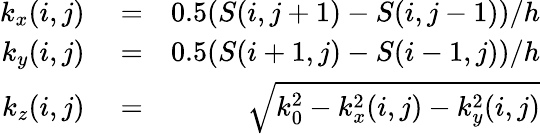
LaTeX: \begin{array}{rlr}{k_{x}(i,j)}&{{}=}&{0.5(S(i,j+1)-S(i,j-1))/h}\\ {k_{y}(i,j)}&{{}=}&{0.5(S(i+1,j)-S(i-1,j))/h}\\ {k_{z}(i,j)}&{{}=}&{\sqrt{k_{0}^{2}-k_{x}^{2}(i,j)-k_{y}^{2}(i,j)}}\end{array}